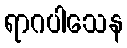
ရာဂပါသေန